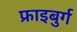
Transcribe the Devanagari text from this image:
फ्राइबुर्ग